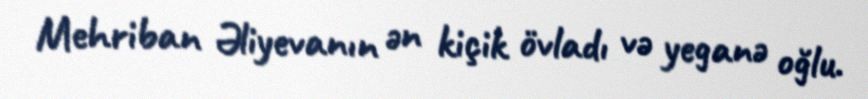
Mehriban Əliyevanın ən kiçik övladı və yeganə oğlu.